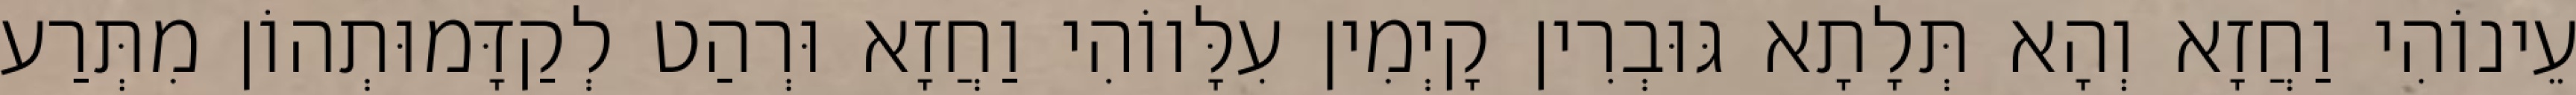
עֵינוֹהִי וַחֲזָא וְהָא תְּלָתָא גּוּבְרִין קָיְמִין עִלָּווֹהִי וַחֲזָא וּרְהַט לְקַדָּמוּתְהוֹן מִתְּרַע